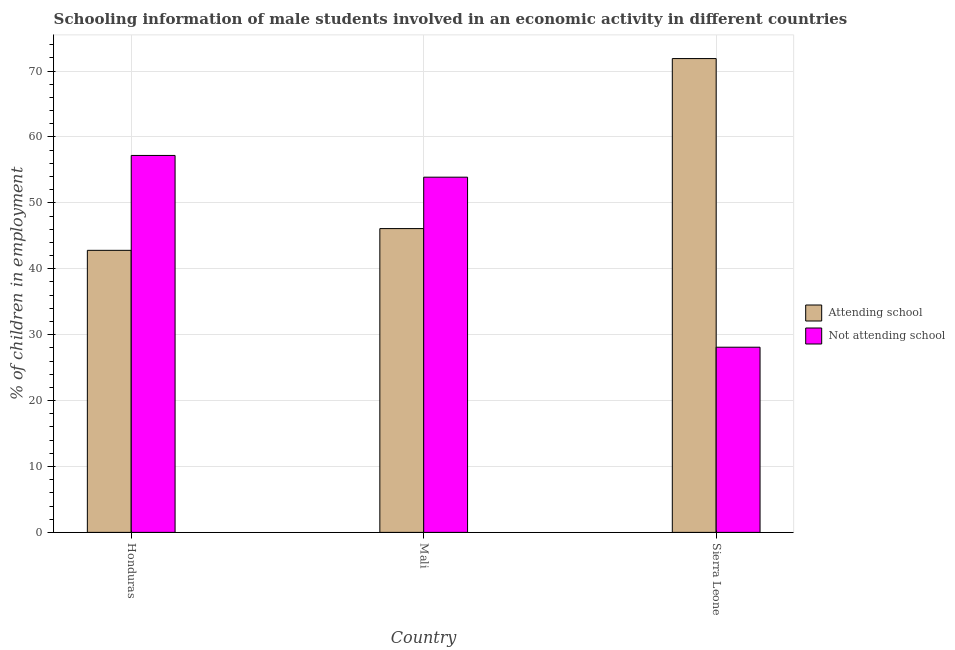
| Country | Attending school | Not attending school |
 | --- | --- | --- |
 | Honduras | 42.8 | 57.2 |
 | Mali | 46.1 | 53.9 |
 | Sierra Leone | 71.9 | 28.1 |